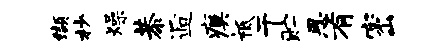
缬杪燥恭逅瘼祗干贮思有密